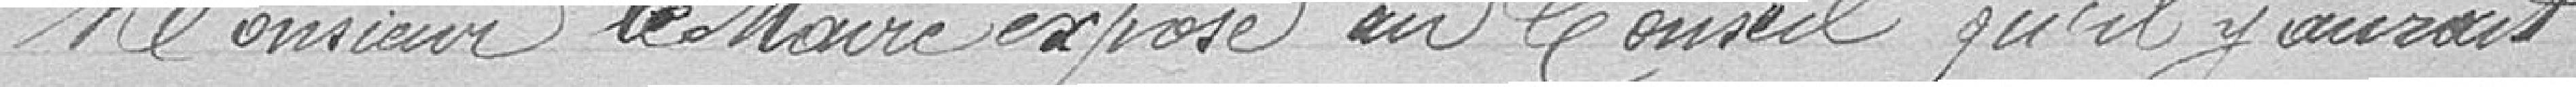
Monsieur le Maire expose au Conseil qu'il y aurait